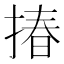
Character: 𢰦